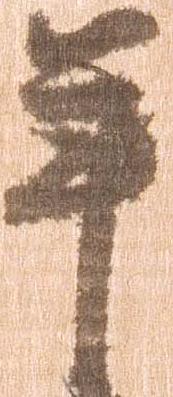
年